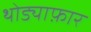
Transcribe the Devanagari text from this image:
थोड्याफ़ार